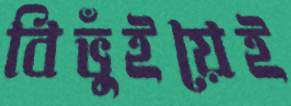
বিভুঁইয়েই